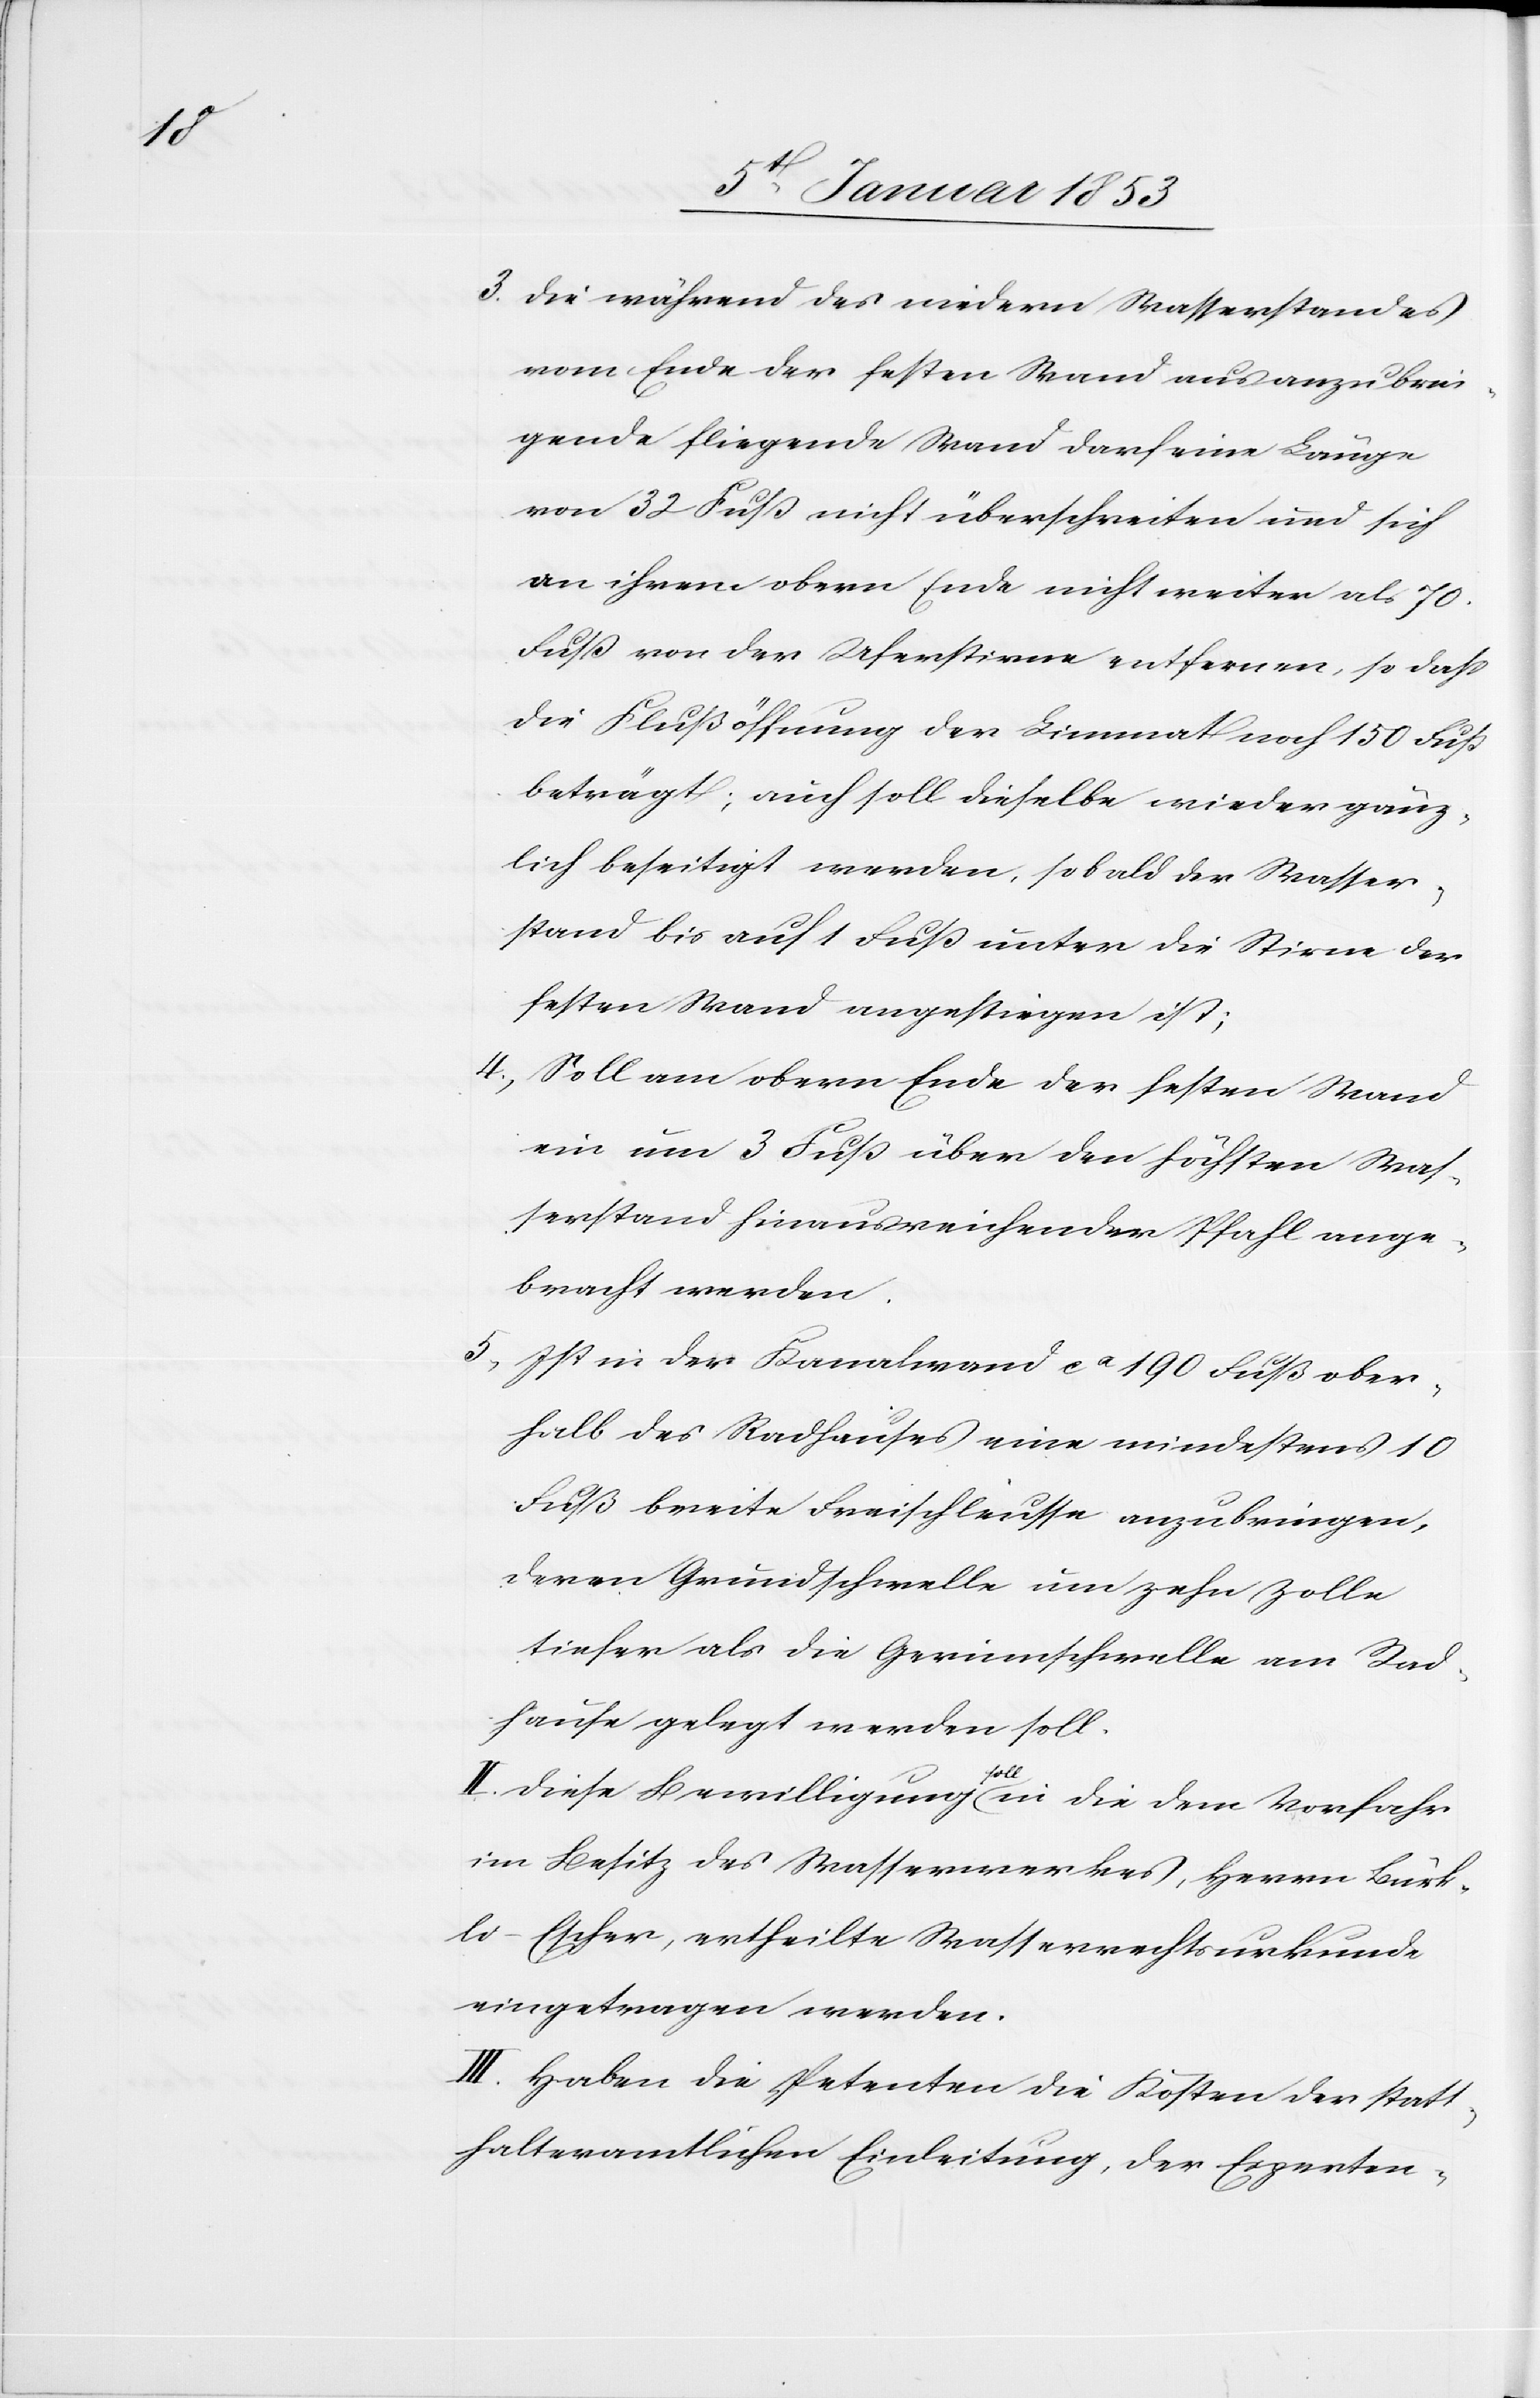
3. die während des niedern Wasserstandes
vom Ende der festen Wand aus anzubrin¬
gende fliegende Wand darf eine Länge
von 32. Fuß nicht überschreiten und sich
an ihrem obern Ende nicht weiter als 70.
Fuß von der Uferstirne entfernen, so daß
die Flußöffnung der Limmat noch 150 Fuß
beträgt, auch soll dieselbe wieder gänz¬
lich beseitigt werden, sobald der Wasser¬
stand bis auf 1 Fuß unter die Stirne der
festen Wand angestiegen ist;
4.
Soll am obern Ende der festen Wand
ein um 3 Fuß über den höchsten Was¬
serstand hinausreichender Pfahl ange¬
bracht werden.
5. Ist in der Kanalwand ca. 190 Fuß ober¬
halb des Radhauses eine mindestens 10
Fuß breite Freischleusse anzubringen,
deren Grundschwelle um zehn Zolle
tiefer als die Grundschwelle am Rad¬
hause gelegt werden soll.
II. Diese Bewilligung soll in die dem Vorfahr?
im Besitz des Wasserwerkes, Herrn Bürk¬
li-Escher, ertheilte Wasserwerksurkunde
eingetragen werden.
III. Haben die Petenten die Kosten der statt¬
halteramtlichen Einleitung, der Experten-